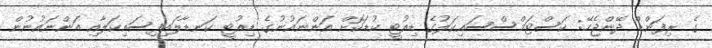
ގެ ރިފަންޑް ދޭންޖެހޭ: ކަސްޓަމްސްސައިކަލުގެ ޑިއުޓީ ކުޑަކޮށް އަންނައުނުގެ ޑިއުޓީ ކަނޑާލައިފިސައިކަލާއި އަންނައުނުން